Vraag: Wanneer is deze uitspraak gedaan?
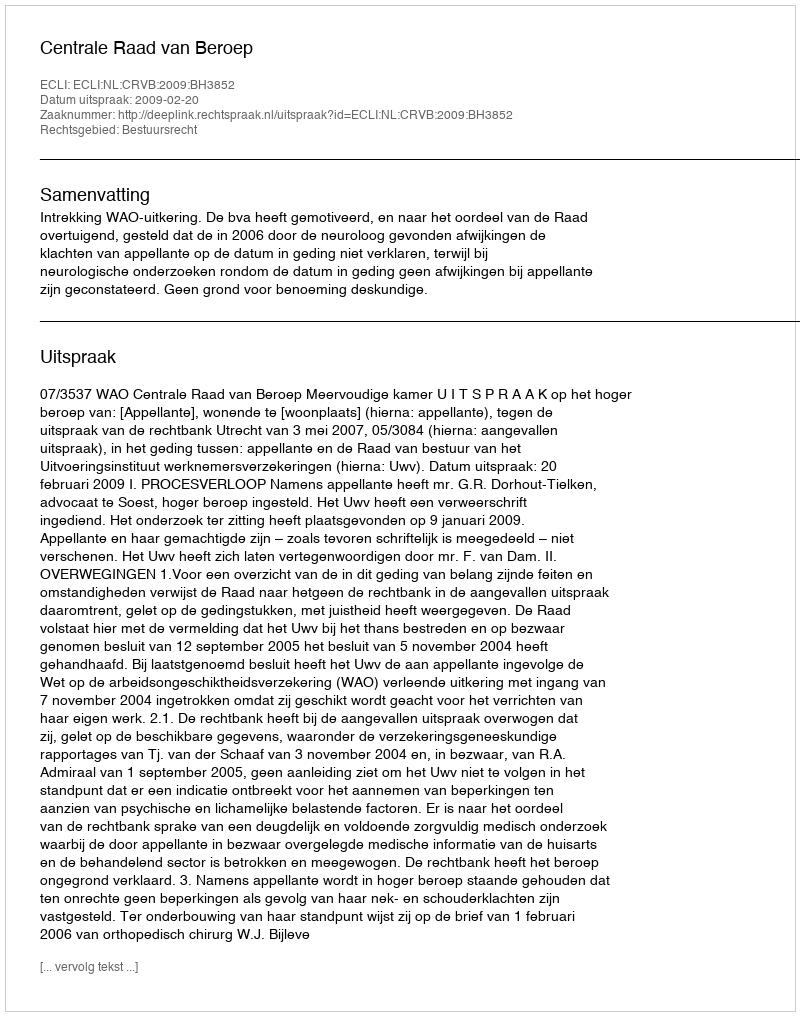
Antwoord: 2009-02-20